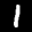
Label: 1